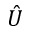
\hat { U }